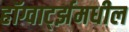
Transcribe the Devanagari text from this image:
हॉग्वार्ट्झमधील